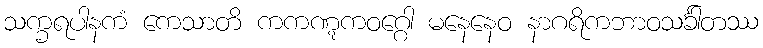
သက္ခရပါနကံ ကေသာတိ ကကဏ္ဋကဝဂ္ဂေါ မနေနေဝ နာဂရိကဘာဝသင်္ခါတဿ